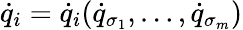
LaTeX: {\dot{q}}_{i}={\dot{q}}_{i}({\dot{q}}_{\sigma_{1}},\dots,{\dot{q}}_{\sigma_{m}})